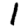
Digit: 1